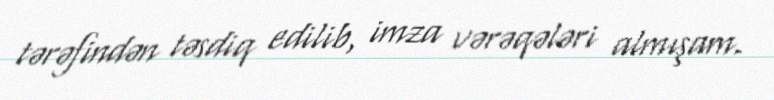
tərəfindən təsdiq edilib, imza vərəqələri almışam.